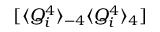
[ \langle Q _ { i } ^ { 4 } \rangle _ { - 4 } \langle Q _ { i } ^ { 4 } \rangle _ { 4 } ]